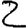
Digit: 2